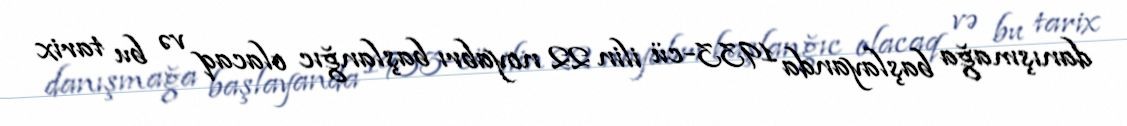
danışmağa başlayanda 1933-cü ilin 22 noyabrı başlanğıc olacaq və bu tarix